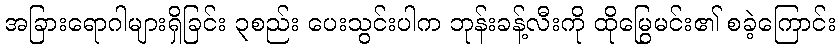
အခြားရောဂါများရှိခြင်း ၃စည်း ပေးသွင်းပါက ဘုန်းခန့်လီးကို ထိုမြွေမင်း၏ စခဲ့ကြောင်း